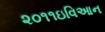
૨૦૧૧ઇવિઆન